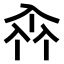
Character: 𠓪